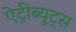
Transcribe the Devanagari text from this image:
ऐट्रीब्यूट्स